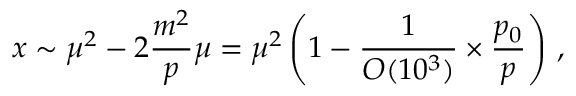
x \sim \mu ^ { 2 } - 2 \frac { m ^ { 2 } } { p } \mu = \mu ^ { 2 } \left( 1 - \frac { 1 } { { \cal O } ( 1 0 ^ { 3 } ) } \times \frac { p _ { 0 } } { p } \right) \, ,